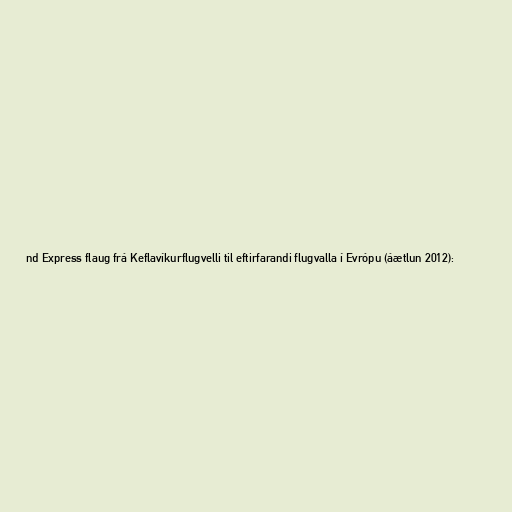
nd Express flaug frá Keflavíkurflugvelli til eftirfarandi flugvalla í Evrópu (áætlun 2012):